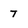
Character: 7